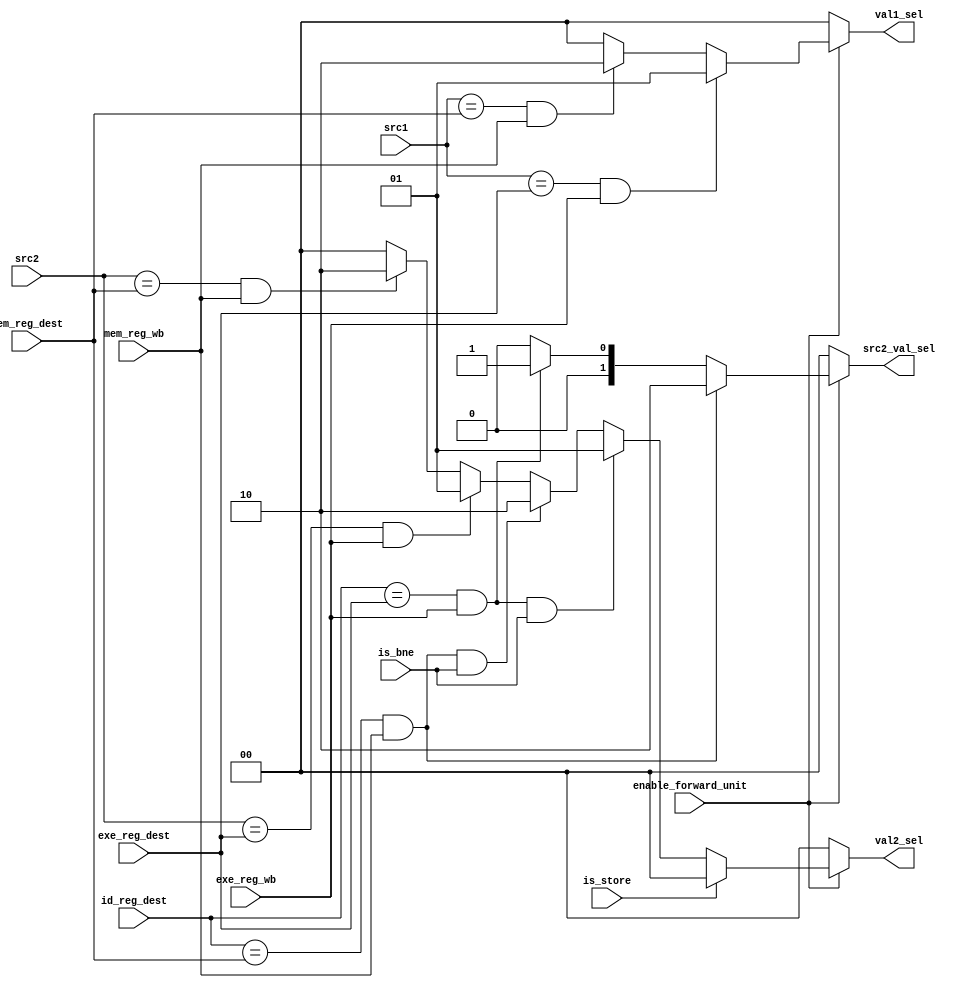
module ForwardingUnit(
    input [4:0] src1,
    input [4:0] src2,
    input [4:0] id_reg_dest,
    input [4:0] mem_reg_dest,
    input [4:0] exe_reg_dest,
    input exe_reg_wb,
    input mem_reg_wb,
    input is_bne,
    input is_store,
    input enable_forward_unit,
    output reg [1:0] val1_sel,
    output reg [1:0] val2_sel,
    output reg [1:0] src2_val_sel
);

always @(*) begin
    if (enable_forward_unit == 1'b1) begin
        if(src1 == exe_reg_dest && exe_reg_wb == 1'b1)
            val1_sel = 2'b01;
        else if (src1 == mem_reg_dest && mem_reg_wb == 1'b1)
            val1_sel = 2'b10;
        else
            val1_sel = 2'b00;

        if (is_store)
            val2_sel = 2'b00;
        else if (id_reg_dest == exe_reg_dest && exe_reg_wb == 1'b1 && is_bne)
            val2_sel = 2'b01;
        else if (id_reg_dest == mem_reg_dest && mem_reg_wb == 1'b1 && is_bne)
            val2_sel = 2'b10;
        else if (src2 == exe_reg_dest && exe_reg_wb == 1'b1)
            val2_sel = 2'b01;
        else if (src2 == mem_reg_dest && mem_reg_wb == 1'b1)
            val2_sel = 2'b10;
        else
            val2_sel = 2'b00;

        if (id_reg_dest == mem_reg_dest && mem_reg_wb == 1'b1)
            src2_val_sel = 2'b10;
        else if(id_reg_dest == exe_reg_dest && exe_reg_wb == 1'b1)
            src2_val_sel = 2'b01;
        else
            src2_val_sel = 2'b00;
    end
    else begin
        val1_sel = 2'b00;
        val2_sel = 2'b00;
        src2_val_sel = 2'b00;
    end
    

end
endmodule